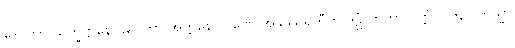
ဒေဝတာ သက္ခိဋ္ဌာနေ ဌပေတွာ အတ္တနော ဂုဏေ အနုဿရတီတိ ဒဠှံ ကတွာ ဝုတ္တံ။ ၁၆၃။ တသ္မာ